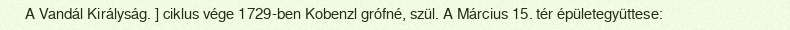
A Vandál Királyság. ] ciklus vége 1729-ben Kobenzl grófné, szül. A Március 15. tér épületegyüttese: